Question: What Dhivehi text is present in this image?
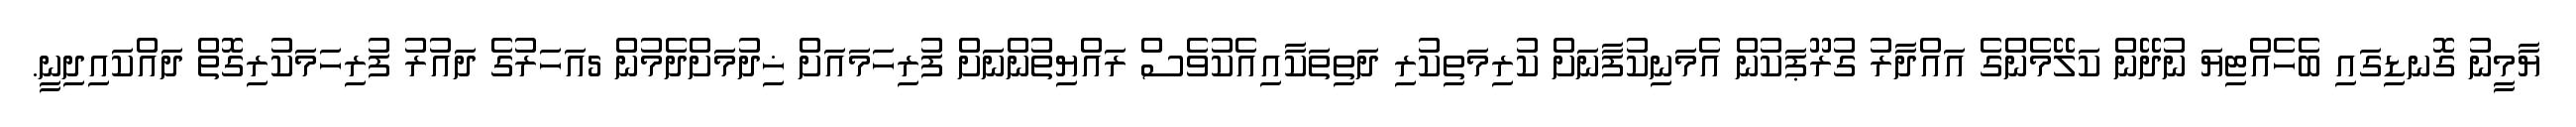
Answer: ޔާމީނު ގޮނޑިގައި ބެހެއްޓިޔަ ނުދޭން ކަލޭމެންގެ އައްދާރު ގުރޫޕަކުން އެމަނިކުފާނަށް ކުރިމަތިކުރި ދަތިތަކާއިއެކުވެސް ރައްޔިތުންނަށް ފުރިހަމައަށް ޚިދުމަށްދެމުން 5އަހަރުގެ ދައުރު ފުރިހަމަކުރިގޮތް ދައްކައިދިނީ.